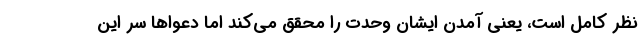
نظر کامل است، یعنی آمدن ایشان وحدت را محقق می‌کند اما دعواها سر این